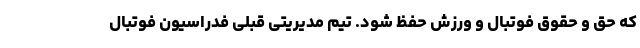
که حق و حقوق فوتبال و ورزش حفظ شود. تیم مدیریتی قبلی فدراسیون فوتبال